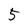
Character: 5